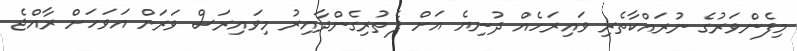
މިފެންވަރުގެ ނުރައްކާތެރި ވައިރަހެއް ދުނިޔެ އަށް ފެތުރިގެންދާއިރު މިވައިރަސް ވަރަށް އަވަހަށް ރާއްޖެ